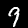
Digit: 9